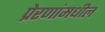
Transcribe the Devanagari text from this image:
प्रेरणांमधील